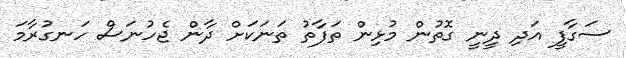
ސަގާފީ އަދި ދީނީ ގޮތުން މުޅިން ތަފާތު ތަނަކަށް ދާން ޖެހުނަސް ހަނގުރާމަ